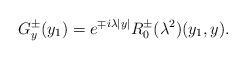
LaTeX: \begin{align*}G^\pm_y(y_1)=e^{\mp i \lambda |y|} R_0^\pm (\lambda^2)(y_1,y).\end{align*}